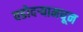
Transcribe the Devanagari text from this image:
वडोदऱ्यामधून